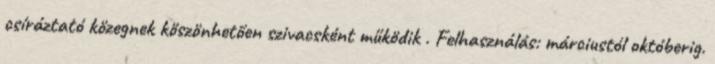
csíráztató közegnek köszönhetően szivacsként működik . Felhasználás: márciustól októberig.